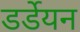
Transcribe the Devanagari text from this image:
डर्डेयन